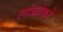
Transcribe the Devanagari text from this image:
लांफ्रोको